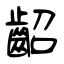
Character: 齠